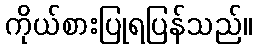
ကိုယ်စားပြုရပြန်သည်။